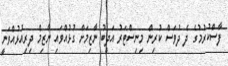
ފާސްކުރުމުގެ ދެ ދުވަސް ކުރިން މިނިސްޓަރު އަދީބު ނާޒިމަށް ގުޅުއްވައި ނާޒިމް ދިރިއުޅުއްވަނީ